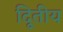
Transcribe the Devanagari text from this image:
दिूतीय